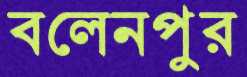
বলেনপুর